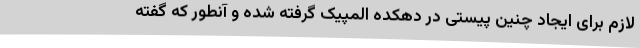
لازم برای ایجاد چنین پیستی در دهکده المپیک گرفته شده و آنطور که گفته